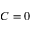
C = 0